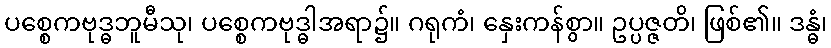
ပစ္စေကဗုဒ္ဓဘူမီသု၊ ပစ္စေကဗုဒ္ဓါအရာ၌။ ဂရုကံ၊ နှေးကန်စွာ။ ဥပ္ပဇ္ဇတိ၊ ဖြစ်၏။ ဒန္ဓံ၊